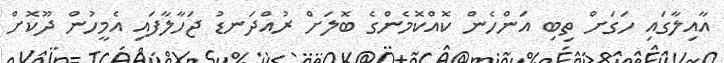
އާއިލާގައި ހަގަށް ތިބި އަންހެން ކޮއްކޮމެންގެ ބޮލަށް ރުއްދަނޑު ޖަހާލާފައި އެމީހުން ދޫކޮށް